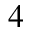
4